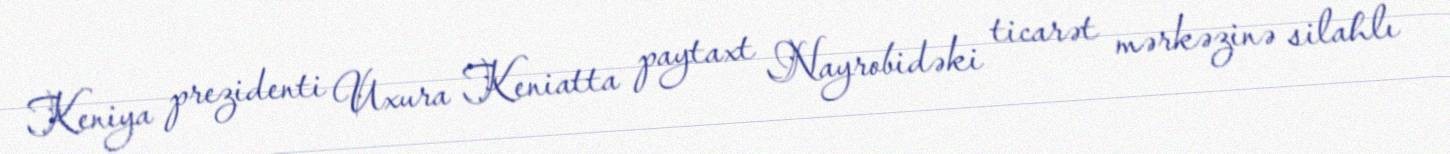
Keniya prezidenti Uxura Keniatta paytaxt Nayrobidəki ticarət mərkəzinə silahlı